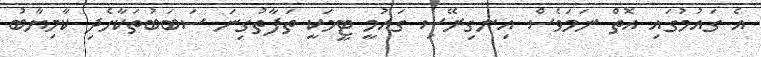
އެ ގައުމުގައި އޮތް ނަމަވެސް އިނގިރޭސި ގައުމީ ޓީމަކީ ތަފާތުގިނަ ސަބަބުތަކާހެދި ކާމިޔާބު